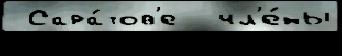
 Сара́тов'е  чл'е́ны